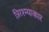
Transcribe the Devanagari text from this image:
त्रिरश्म्याकार